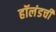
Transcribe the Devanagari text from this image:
हॉलंडची